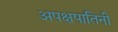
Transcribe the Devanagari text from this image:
अपक्षपातिनी